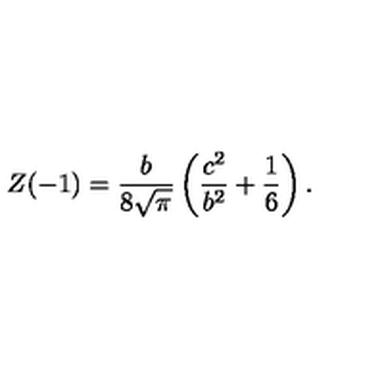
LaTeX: Z ( - 1 ) = \frac { b } { 8 \sqrt { \pi } } \left( \frac { c ^ { 2 } } { b ^ { 2 } } + \frac { 1 } { 6 } \right) .